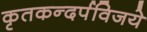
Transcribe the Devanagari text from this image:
कृतकन्दर्पविजये